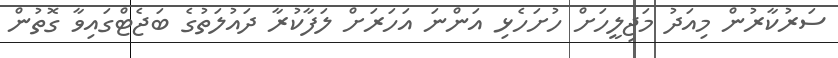
ސަރުކާރުން މިއަދު މަޖިލީހަށް ހުށަހެޅި އަންނަ އަހަރަށް ލަފާކުރާ ދައުލަތުގެ ބަޖެޓްގައިވާ ގޮތުން